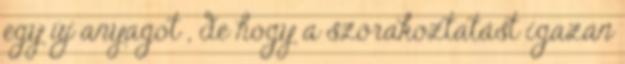
egy új anyagot , de hogy a szórakoztatást igazán